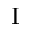
\mathrm { I }